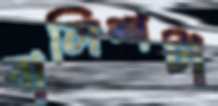
বালিশটা